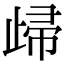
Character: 㱕